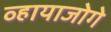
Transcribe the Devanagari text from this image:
व्हायाजोगे